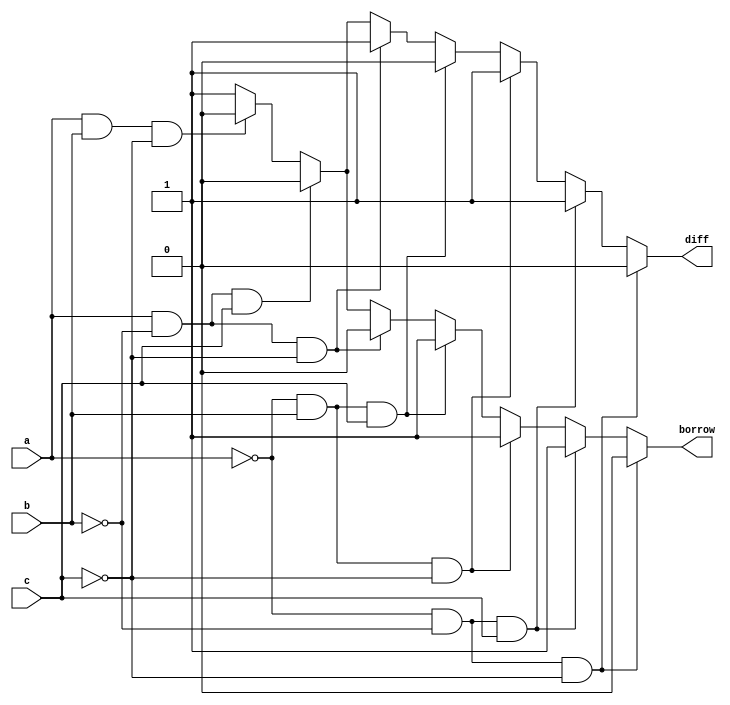
module fullSubtractor(diff, borrow, a, b, c);

	
	output diff, borrow;
	input a, b, c;
	
	reg diff,borrow;
	
	always @(a or b or c)
		begin
			
			if(a==0 && b==0 && c==0)
				begin
					diff=0;
					borrow=0;
				end
			
			else if(a==0 && b==0 && c==1)
				begin
					diff=1;
					borrow=1;
				end
				
			else if(a==0 && b==1 && c==0)
				begin
					diff=1;
					borrow=1;
				end
			
			else if(a==0 && b==1 && c==1)
				begin
					diff=0;
					borrow=1;
				end
				
			else if(a==1 && b==0 && c==0)
				begin
					diff=1;
					borrow=0;
				end
				
			else if(a==1 && b==0 && c==1)
				begin
					diff=0;
					borrow=0;
				end
				
			else if(a==1 && b==1 && c==0)
				begin
					diff=0;
					borrow=0;
				end
			
			else
				begin
					diff=1;
					borrow=1;
				end
		end
	
endmodule